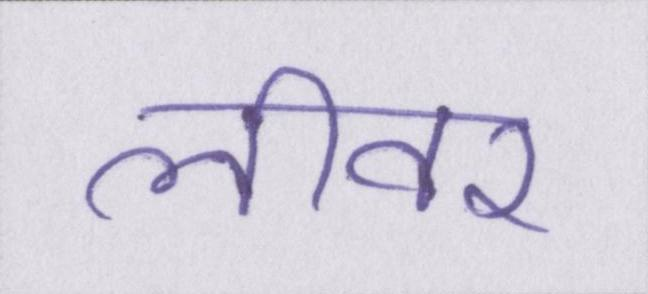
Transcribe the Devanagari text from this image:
लीवर